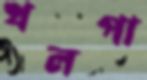
খলপা